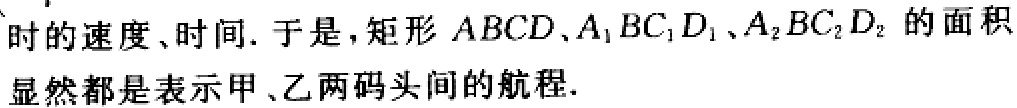
时的速度、时间. 于是, 矩形 \(ABCD、A_{1}BC_{1}D_{1}、A_{2}BC_{2}D_{2}\) 的面积

显然都是表示甲、乙两码头间的航程.